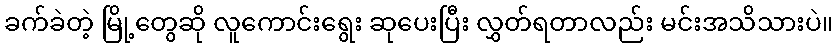
ခက်ခဲတဲ့ မြို့တွေဆို လူကောင်းရွေး ဆုပေးပြီး လွှတ်ရတာလည်း မင်းအသိသားပဲ။